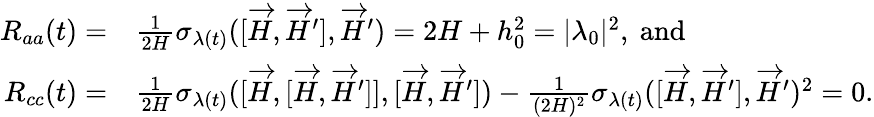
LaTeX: \begin{array}{rl}{R_{aa}(t)=}&{\frac{1}{2H}\sigma_{\lambda(t)}([\overrightarrow{H},\overrightarrow{H}^{\prime}],\overrightarrow{H}^{\prime})=2H+h_{0}^{2}=|\lambda_{0}|^{2},\mathrm{~and~}}\\ {R_{cc}(t)=}&{\frac{1}{2H}\sigma_{\lambda(t)}([\overrightarrow{H},[\overrightarrow{H},\overrightarrow{H}^{\prime}]],[\overrightarrow{H},\overrightarrow{H}^{\prime}])-\frac{1}{(2H)^{2}}\sigma_{\lambda(t)}([\overrightarrow{H},\overrightarrow{H}^{\prime}],\overrightarrow{H}^{\prime})^{2}=0.}\end{array}